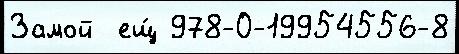
Замой  ещ́ 978-0-19954556-8